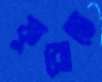
ফুরোতে